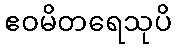
ဧဝမိတရေသုပိ